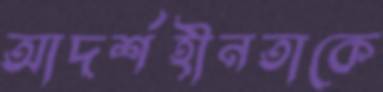
আদর্শহীনতাকে